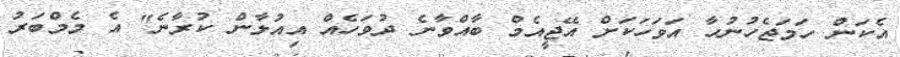
އެކަން ހަމަޖެހުނުހާ އަވަހަކަށް އޭޖީއެމް ބާއްވާނެ ދުވަހެއް އިއުލާން ކުރާނެ" އެ މެމްބަރު